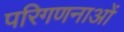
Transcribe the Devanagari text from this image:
परिगणनाओं